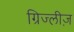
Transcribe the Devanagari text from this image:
ग्रिज्लीज़